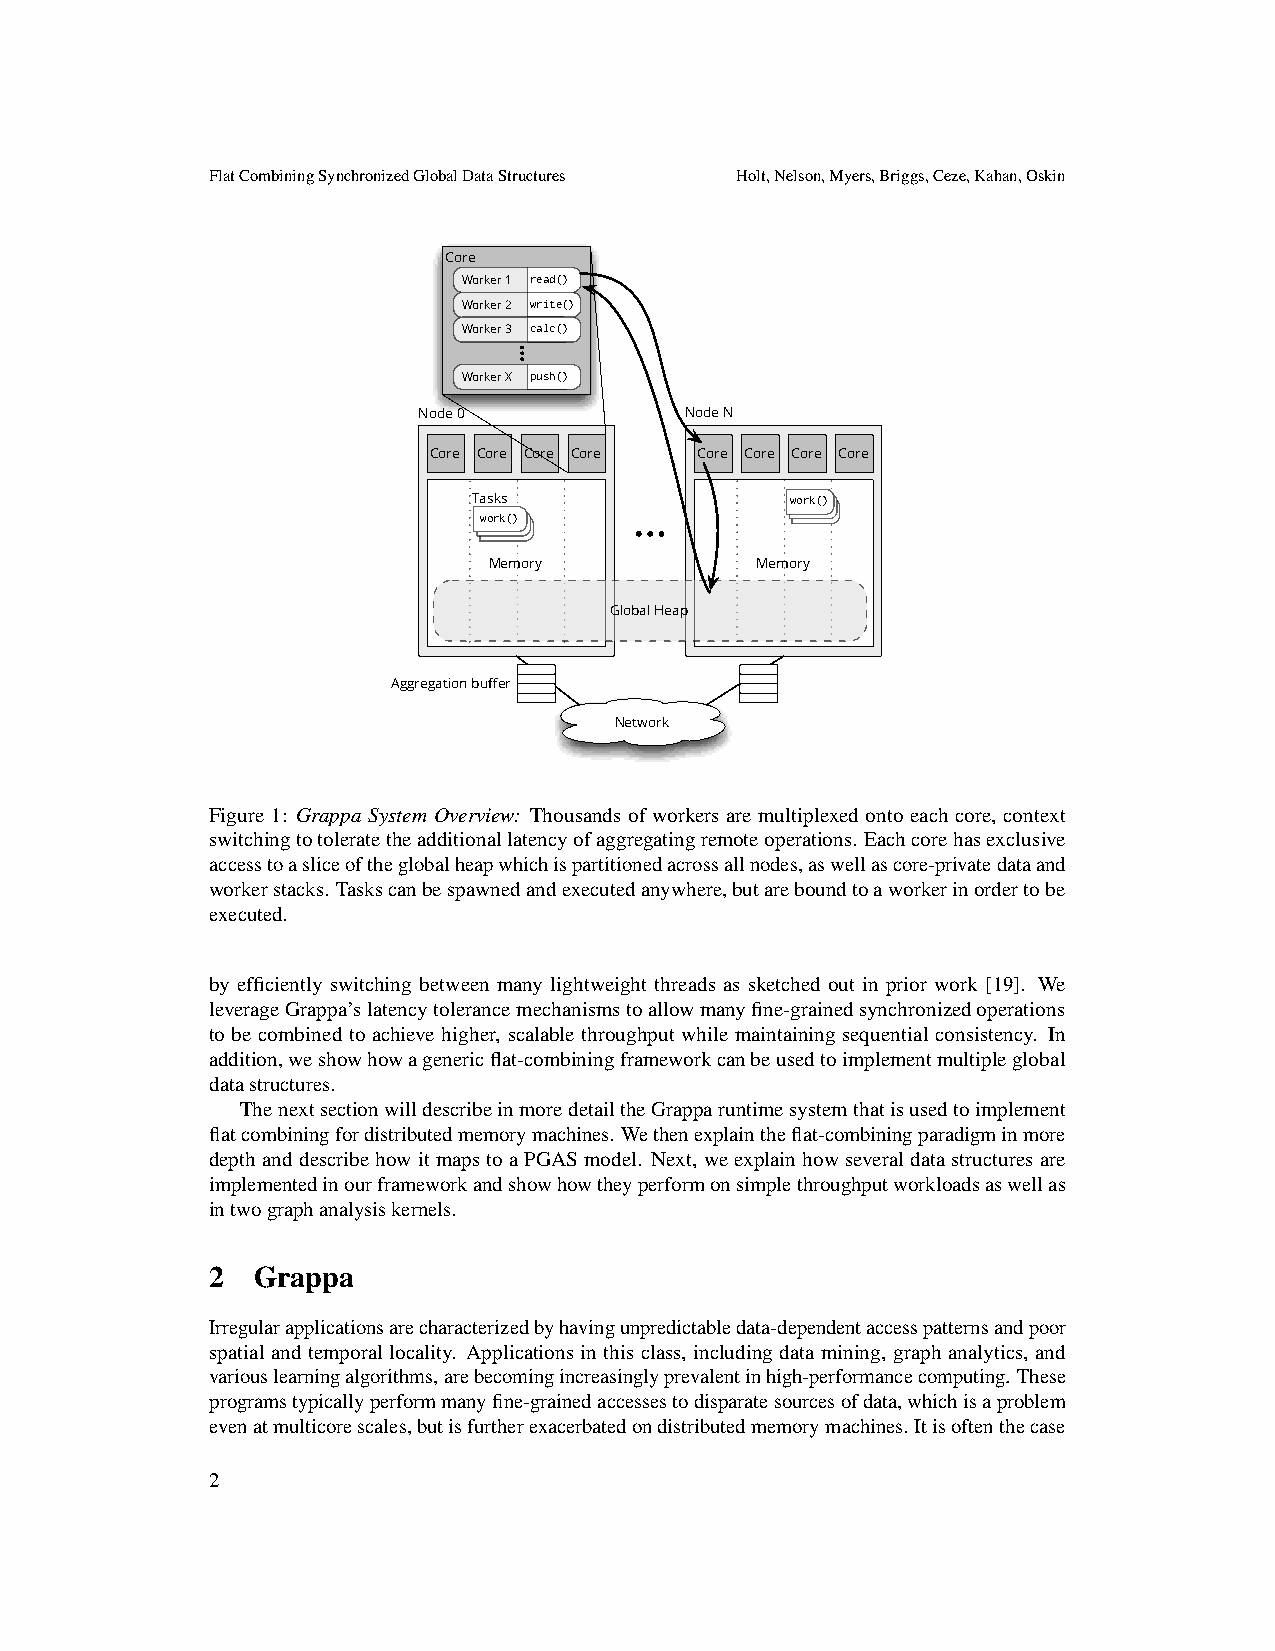
FlatCombiningSynchronizedGlobalDataStructures Holt,Nelson,Myers,Briggs,Ceze,Kahan,Oskin
 Core
 Worker 1 read()
 Worker 2 write()
 Worker 3 calc()
 Worker X push()
 Node 0           Node N
 Core Core Core Core Core Core Core Core
 Tasks                wrroeeraakdd((()))
 wro rer eak ad( d() ())
 Memory            Memory
 Global Heap
 Aggregation buffer
 Network
 Figure 1: Grappa System Overview: Thousands of workers are multiplexed onto each core, context
 switchingtotoleratetheadditionallatencyofaggregatingremoteoperations. Eachcorehasexclusive
 accesstoasliceoftheglobalheapwhichispartitionedacrossallnodes,aswellascore-privatedataand
 workerstacks. Taskscanbespawnedandexecutedanywhere,butareboundtoaworkerinordertobe
 executed.
 by efficiently switching between many lightweight threads as sketched out in prior work [19]. We
 leverageGrappa’slatencytolerancemechanismstoallowmanyfine-grainedsynchronizedoperations
 to be combined to achieve higher, scalable throughput while maintaining sequential consistency. In
 addition,weshowhowagenericflat-combiningframeworkcanbeusedtoimplementmultipleglobal
 datastructures.
 ThenextsectionwilldescribeinmoredetailtheGrapparuntimesystemthatisusedtoimplement
 flatcombiningfordistributedmemorymachines. Wethenexplaintheflat-combiningparadigminmore
 depthanddescribehowitmapstoaPGASmodel. Next, weexplainhowseveraldatastructuresare
 implementedinourframeworkandshowhowtheyperformonsimplethroughputworkloadsaswellas
 intwographanalysiskernels.
 2  Grappa
 Irregularapplicationsarecharacterizedbyhavingunpredictabledata-dependentaccesspatternsandpoor
 spatial and temporal locality. Applications in this class, including data mining, graph analytics, and
 variouslearningalgorithms,arebecomingincreasinglyprevalentinhigh-performancecomputing. These
 programstypicallyperformmanyfine-grainedaccessestodisparatesourcesofdata,whichisaproblem
 evenatmulticorescales,butisfurtherexacerbatedondistributedmemorymachines. Itisoftenthecase
 2